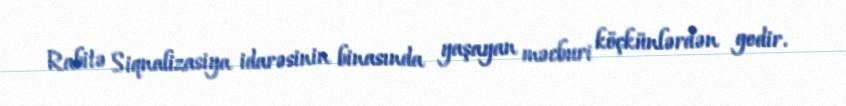
Rabitə Siqnalizasiya idarəsinin binasında yaşayan məcburi köçkünlərdən gedir.